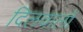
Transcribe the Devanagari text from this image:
दिलवालों